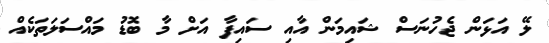
ލޭ އަޅަން ޖެހުނަސް ޝައިމަން އާއި ސައިފާ އަށް މާ ބޮޑު މައްސަލަތަކެއް